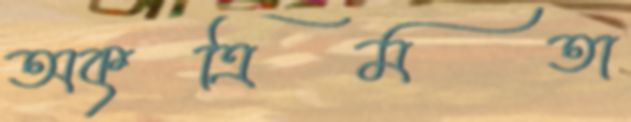
অকৃত্রিমতা